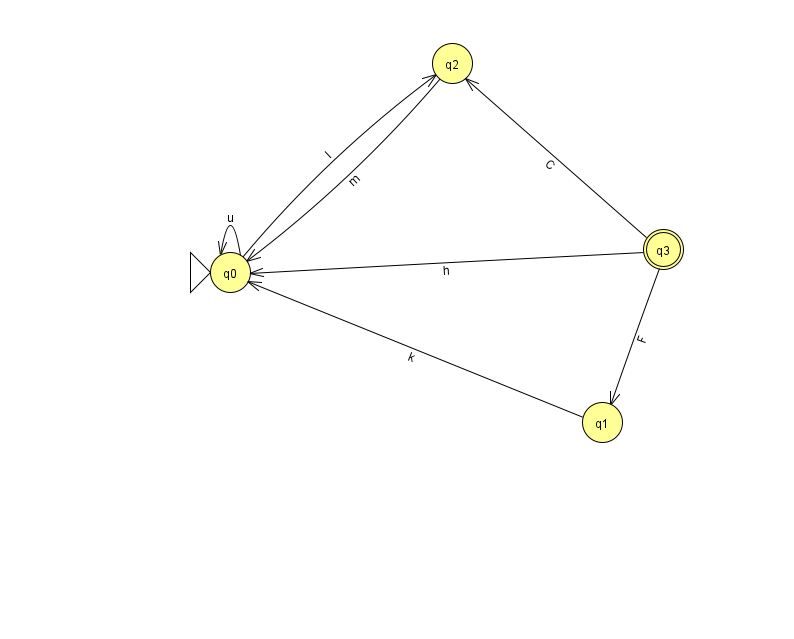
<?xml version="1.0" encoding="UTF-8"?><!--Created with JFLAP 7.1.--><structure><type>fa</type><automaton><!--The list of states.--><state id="0" name="q0"><x>230.0</x><y>259.0</y><initial/></state><state id="1" name="q1"><x>602.0</x><y>409.0</y></state><state id="2" name="q2"><x>452.0</x><y>50.0</y></state><state id="3" name="q3"><x>663.0</x><y>236.0</y><final/></state><!--The list of transitions.--><transition><from>3</from><to>2</to><read>C</read></transition><transition><from>0</from><to>0</to><read>u</read></transition><transition><from>1</from><to>0</to><read>k</read></transition><transition><from>2</from><to>0</to><read>m</read></transition><transition><from>3</from><to>1</to><read>F</read></transition><transition><from>0</from><to>2</to><read>l</read></transition><transition><from>3</from><to>0</to><read>h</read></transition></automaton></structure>